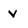
Character: v